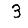
Digit: 3